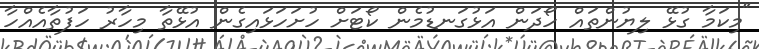
"މިކަމާ ގުޅޭ ލިޔުންތައް ހޯދަން އަޅުގަނޑުމެން ކޯޓަށް ހުށަހަޅައިގެން އުޅޭތާ މިހާރު ހަފުތާއެއްހާ